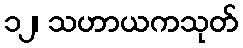
၁၂၊ သဟာယကသုတ်